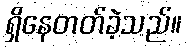
ရှိနေတတ်ခဲ့သည်။